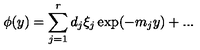
\phi ( y ) = \sum _ { j = 1 } ^ { r } d _ { j } \xi _ { j } \exp ( - m _ { j } y ) + . . .